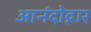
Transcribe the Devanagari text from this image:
आनंदोद्गार